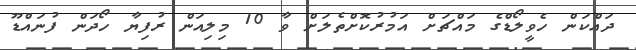
ދައްކަން ހެވީލޯޑްގެ މައްޗަށް އަމުރުކޮށްތެލަށް ވާ 10 މިލިއަން ރުފިޔާ ހޯދަން ފުނައްޑޫ